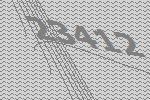
23412